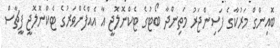
ބޮއިންގް މަރުކާގެ ފަސިންޖަރު މަތިންދާ ބޯޓުގެ ޓެކްނޮލޮޖީ އާ އެއްފެންވަރުގެ ޓެކްނޮލޮޖީ ފީޗާސް